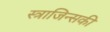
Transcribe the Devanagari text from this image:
स्त्राजिन्सकी